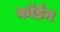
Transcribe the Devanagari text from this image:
कॉर्डन